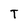
Character: T